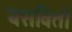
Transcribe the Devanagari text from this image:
बसवितो